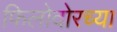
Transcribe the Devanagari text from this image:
फिलोदोरच्या